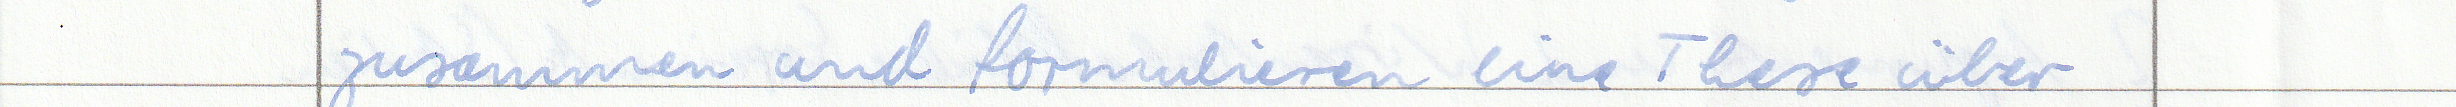
zusammen und formulieren eine These über